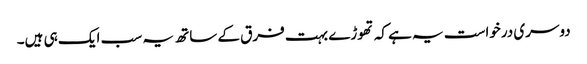
دوسری درخواست یہ ہے کہ تھوڑے بہت فرق کے ساتھ یہ سب ایک ہی ہیں۔